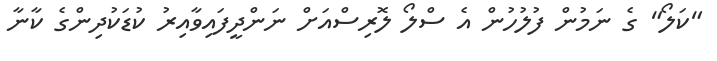
"ކަލޯ" ގެ ނަމުން ފުލުހުން އެ ސްލޯ ލޮރިސްއަށް ނަންދީފައިވާއިރު ކުޑަކުދިންގެ ކާނާ